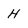
Character: H